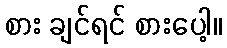
စား ချင်ရင် စားပေါ့။